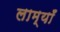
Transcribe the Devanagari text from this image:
लाम्याँ